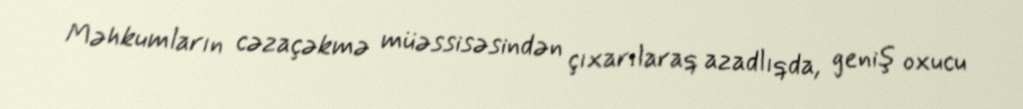
Məhkumların cəzaçəkmə müəssisəsindən çıxarılaraq azadlıqda, geniş oxucu